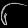
Digit: ၆